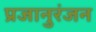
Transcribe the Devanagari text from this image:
प्रजानुरंजन